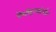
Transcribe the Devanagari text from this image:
पेशीद्रव्यांतर्गत